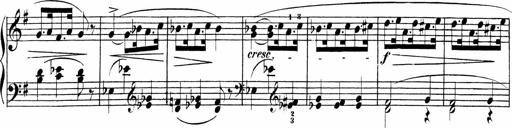
Title: Sonatinas
Composer: Andrew Violette